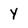
Character: Y